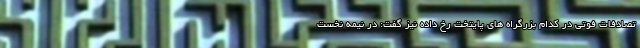
تصادفات فوتی در کدام بزرگراه های پایتخت رخ داده نیز گفت: در نیمه نخست